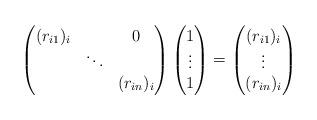
LaTeX: \begin{align*} \begin{pmatrix} (r_{i1})_i & & 0 \\ & \ddots & \\ & & (r_{in})_i \end{pmatrix} \begin{pmatrix} 1 \\ \vdots \\ 1 \end{pmatrix} = \begin{pmatrix} (r_{i1})_i \\ \vdots \\ (r_{in})_i \end{pmatrix}\end{align*}